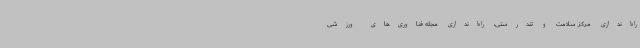
راه‌اندازی مرکز سلامت و تندرستی، راه‌اندازی مجله فناوری‌های ورزشی